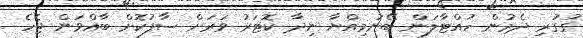
ގުގުރި ދެމުން ހުއްޓާލަން ބޭނުމިއްޔާ ނިދާ ކޮޓަރު ވަރަށް ސާފުކޮށް ބާއްވަން ޖެހެ